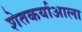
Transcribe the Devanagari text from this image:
शेतकर्याआला